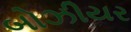
બોઝીયર